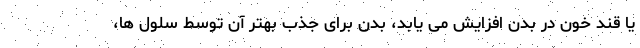
یا قند خون در بدن افزایش می یابد، بدن برای جذب بهتر آن توسط سلول ها،